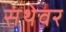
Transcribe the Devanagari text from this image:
संथेवर